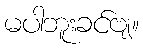
မပါဘူးခင်ဗျ။